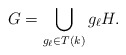
\begin{align*}G = \bigcup_{g_\ell \in T(k)} g_\ell H.\end{align*}